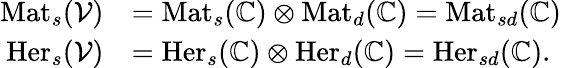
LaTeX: \begin{array}{rl}{\mathrm{Mat}_{s}(\mathcal V)}&{=\mathrm{Mat}_{s}(\mathbb C)\otimes\mathrm{Mat}_{d}(\mathbb C)=\mathrm{Mat}_{sd}(\mathbb C)}\\ {\mathrm{Her}_{s}(\mathcal V)}&{=\mathrm{Her}_{s}(\mathbb C)\otimes\mathrm{Her}_{d}(\mathbb C)=\mathrm{Her}_{sd}(\mathbb C).}\end{array}